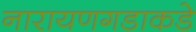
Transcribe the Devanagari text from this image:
नारायणगडाकडे